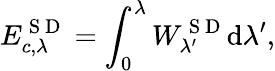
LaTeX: E_{c,\lambda}^{\mathrm{~S~D~}}=\int_{0}^{\lambda}W_{\lambda^{\prime}}^{\mathrm{~S~D~}}\mathrm{d}\lambda^{\prime},